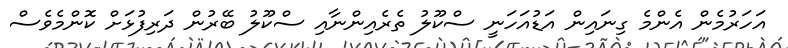
އަހަރުމެން އެންމެ ގިނައިން އަޑުއަހަނީ ސްކޫލު ތެރެއިންނާއި ސްކޫލު ބޭރުން ދަރިފުޅަށް ކޮންމެވެސް